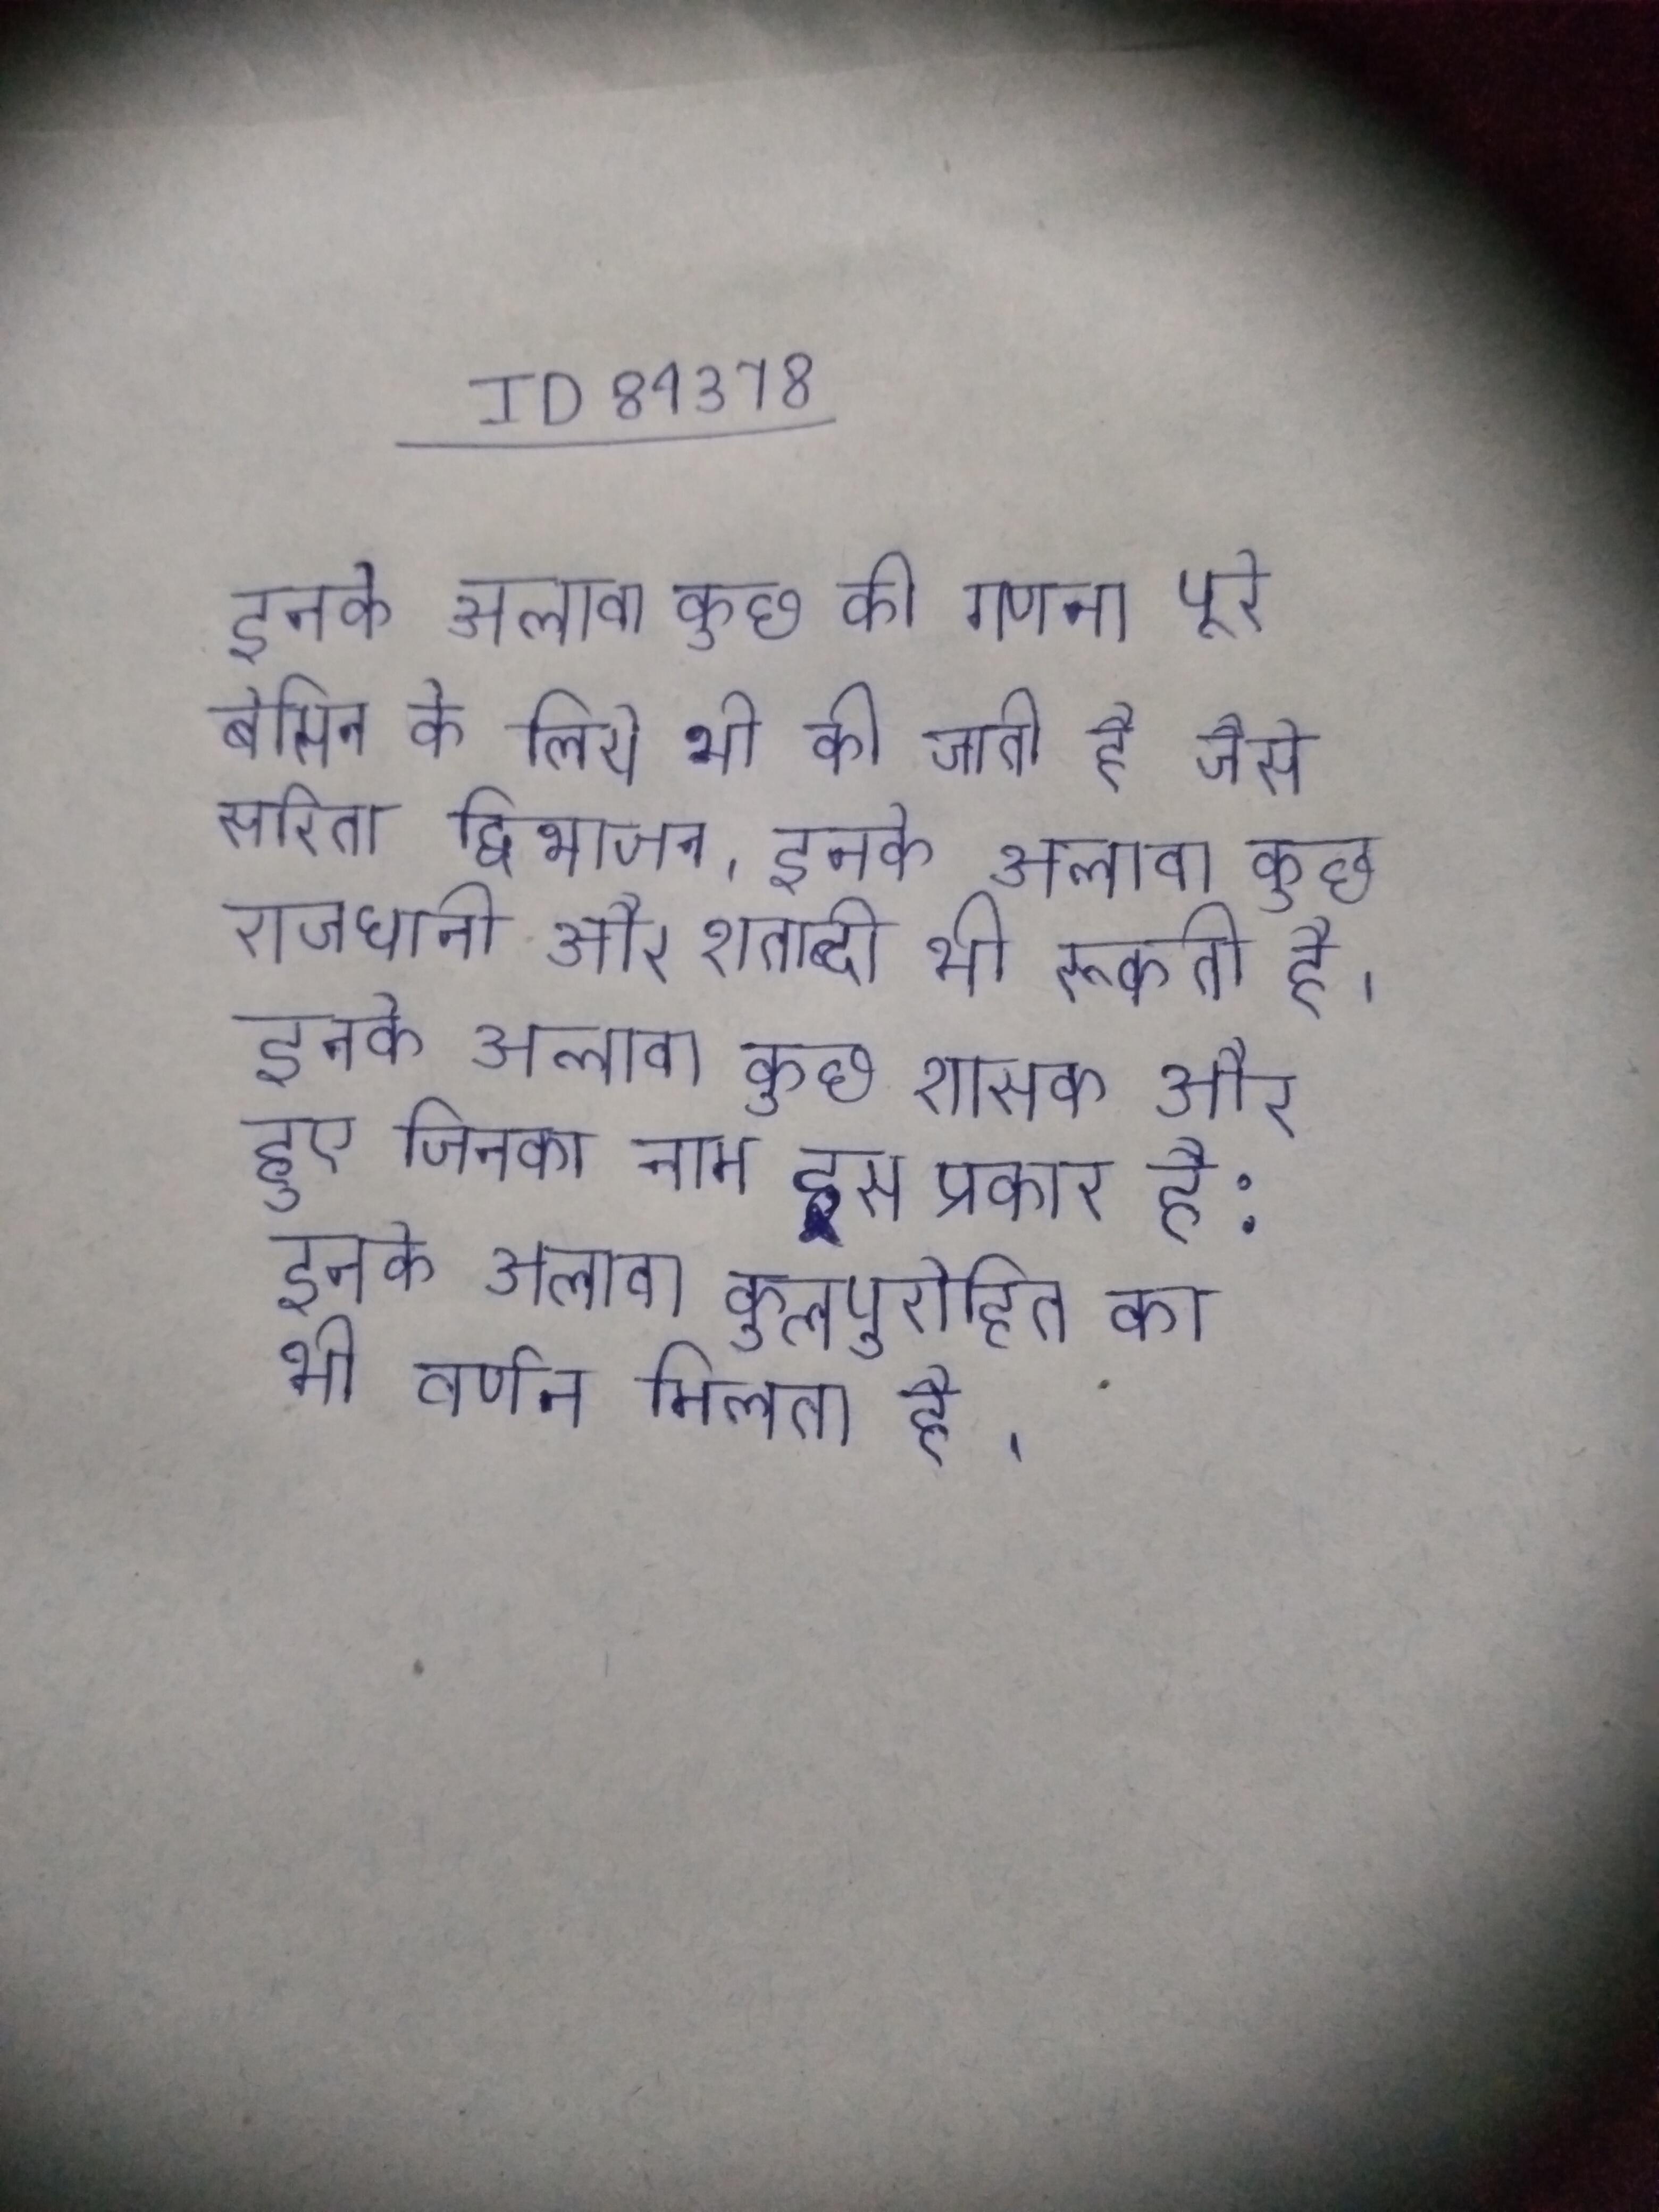
इनके अलावा कुछ की गणना पूरे बेसिन के लिये भी की जाती है जैसे सरिता द्विभाजन । इनके अलावा कुछ राजधानी और शताब्दी भी रूकती है । इनके अलावा कुछ शासक और हुए जिनका नाम इस प्रकार है: इनके अलावा कुलपुरोहित का भी वर्णन मिलता है ।